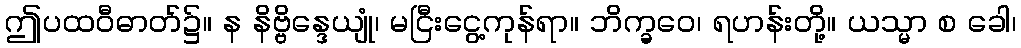
ဤပထဝီဓာတ်၌။ န နိဗ္ဗိန္ဒေယျုံ၊ မငြီးငွေ့ကုန်ရာ။ ဘိက္ခဝေ၊ ရဟန်းတို့။ ယသ္မာ စ ခေါ၊